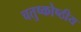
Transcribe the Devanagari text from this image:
चतुष्कोष्ठीय